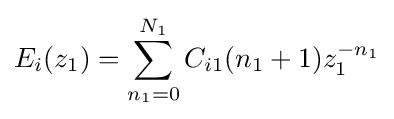
E_{i}(z_{1})=\sum _{n_{1}=0}^{N_{1}}C_{i1}(n_{1}+1)z_{1}^{-n_{1}}